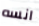
انسه